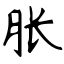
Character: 胀